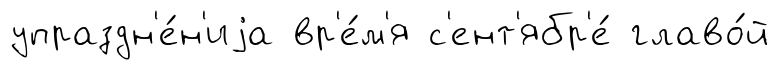
упраздн'е́н'иjа вр'е́м'я с'ент'ябр'е́ главо́й